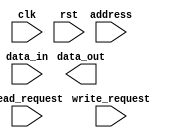
module memory_controller (
  input wire clk,
  input wire rst,
  input wire read_request,
  input wire write_request,
  input wire [31:0] address,
  input wire [31:0] data_in,
  output reg [31:0] data_out
);

// Behavioral modeling block for reading data from memory
always @(posedge clk) begin
  if (read_request) begin
    // Read data from memory based on the address
    // Store the read data in data_out
  end
end

// Behavioral modeling block for writing data to memory
always @(posedge clk) begin
  if (write_request) begin
    // Write data to memory based on the address and data_in
  end
end

// Behavioral modeling block for memory access timing and addressing control
// Implement timing and address control logic here

// Behavioral modeling block for memory operations handling (read, write, refresh cycles)
// Implement memory operations logic here

// Behavioral modeling block for memory arbitration and processing memory requests in correct order
// Implement memory arbitration and request processing logic here

// Prioritize efficient memory access and data transfer, reliability, and integrity of stored data
// Ensure modularity and scalability for different memory sizes and configurations

endmodule